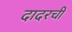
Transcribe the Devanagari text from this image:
दादरची